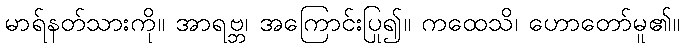
မာရ်နတ်သားကို။ အာရဗ္ဘ၊ အကြောင်းပြု၍။ ကထေသိ၊ ဟောတော်မူ၏။